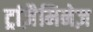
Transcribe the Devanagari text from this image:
ट्रांज़ैमिनेज़